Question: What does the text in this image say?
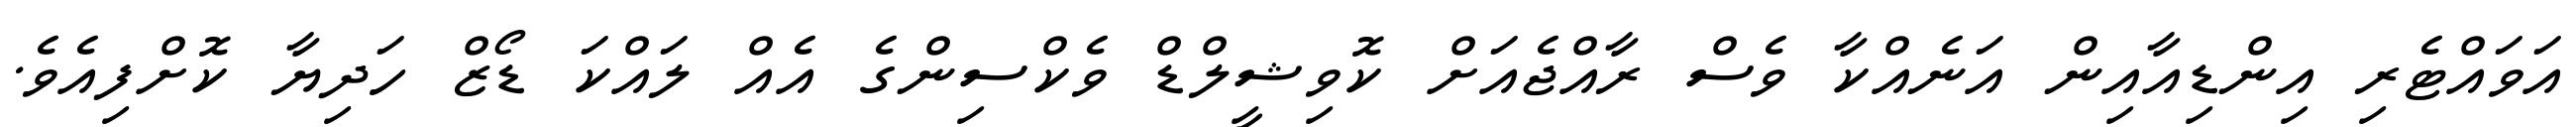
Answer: އަވައްޓެރި އިންޑިއާއިން އަނެއްކާ ވެސް ރާއްޖެއަށް ކޮވިޝީލްޑް ވެކްސިންގެ އެއް ލައްކަ ޑޯޒް ހަދިޔާ ކޮށްފިއެވެ.